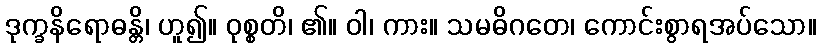
ဒုက္ခနိရောဓန္တိ၊ ဟူ၍။ ဝုစ္စတိ၊ ၏။ ဝါ၊ ကား။ သမဓိဂတေ၊ ကောင်းစွာရအပ်သော။